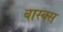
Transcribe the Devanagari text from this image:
बास्क्स